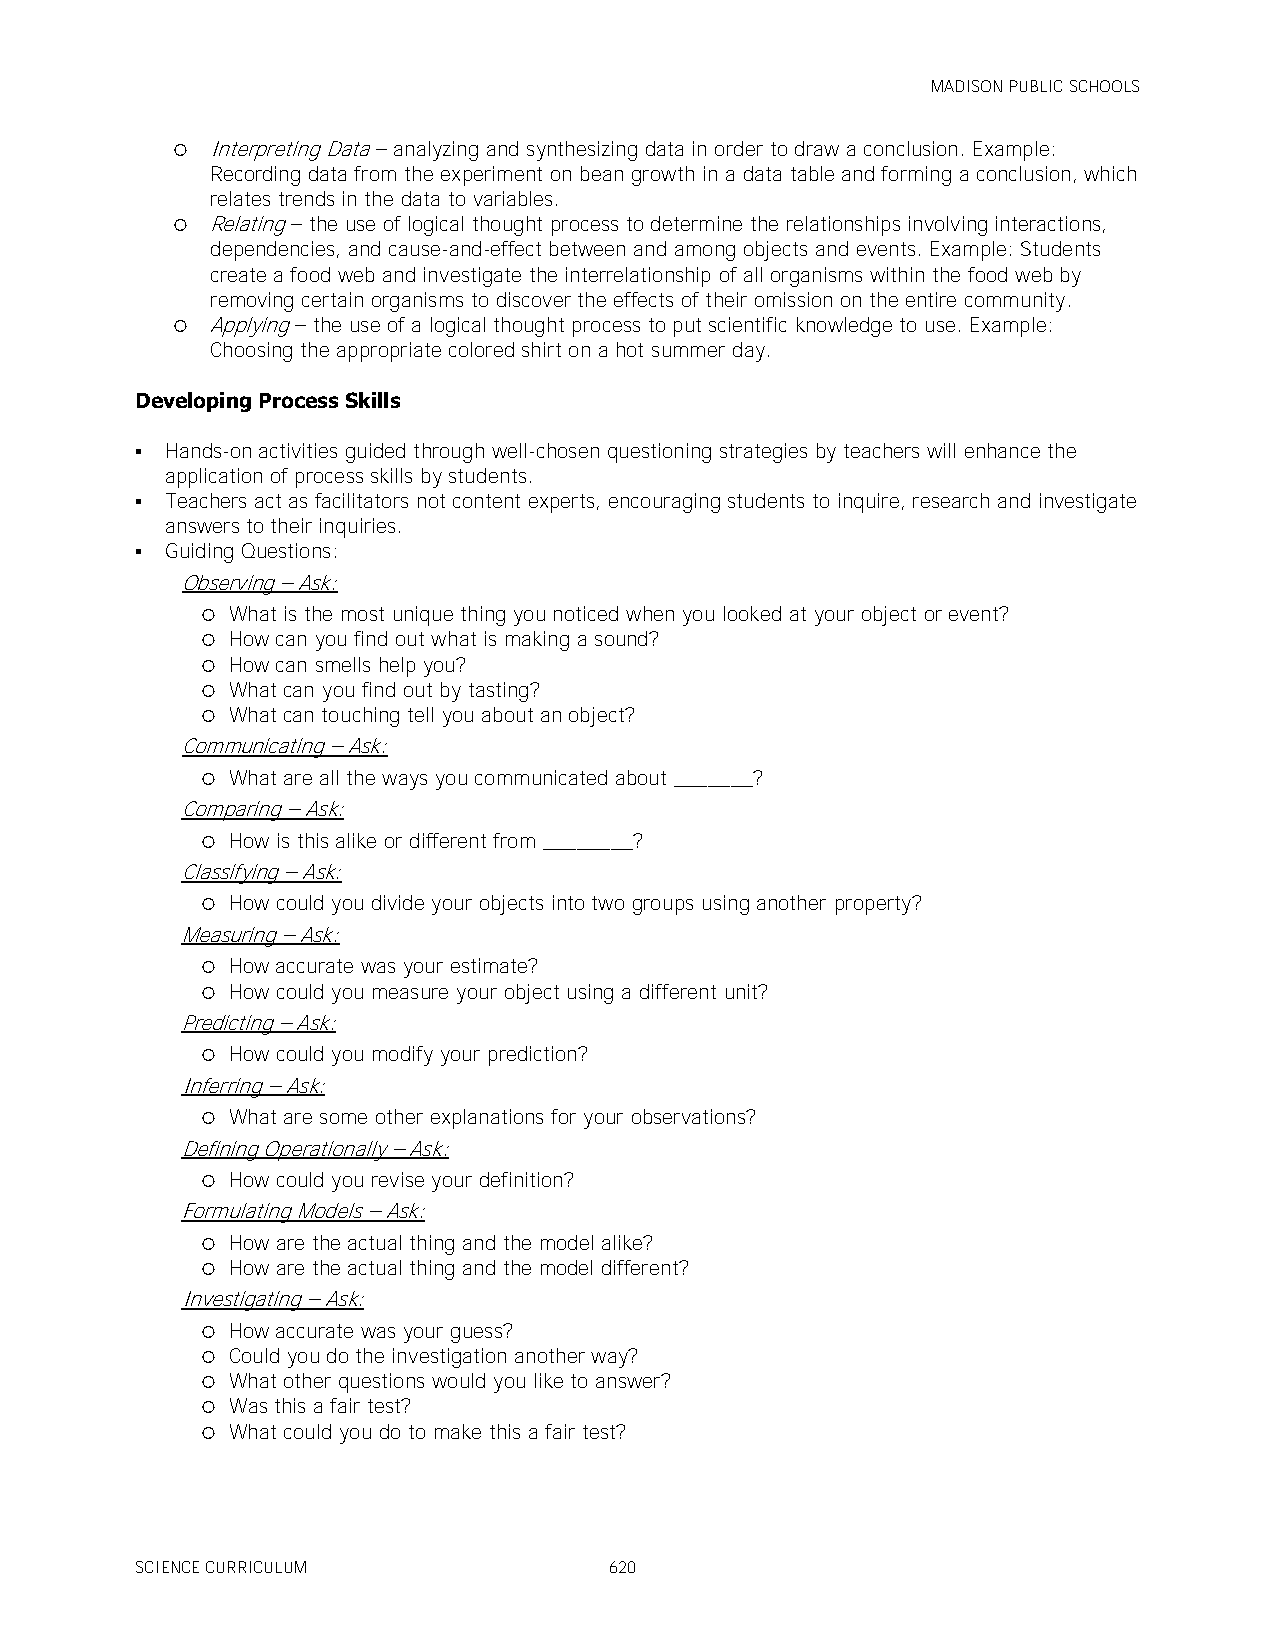
MADISON PUBLIC SCHOOLS
   Interpreting Data – analyzing and synthesizing data in order to draw a conclusion. Example:
 Recording data from the experiment on bean growth in a data table and forming a conclusion, which
 relates trends in the data to variables.
   Relating – the use of logical thought process to determine the relationships involving interactions,
 dependencies, and cause-and-effect between and among objects and events. Example: Students
 create a food web and investigate the interrelationship of all organisms within the food web by
 removing certain organisms to discover the effects of their omission on the entire community.
   Applying – the use of a logical thought process to put scientific knowledge to use. Example:
 Choosing the appropriate colored shirt on a hot summer day.
 Developing Process Skills
  Hands-on activities guided through well-chosen questioning strategies by teachers will enhance the
 application of process skills by students.
  Teachers act as facilitators not content experts, encouraging students to inquire, research and investigate
 answers to their inquiries.
  Guiding Questions:
 Observing – Ask:
  What is the most unique thing you noticed when you looked at your object or event?
  How can you find out what is making a sound?
  How can smells help you?
  What can you find out by tasting?
  What can touching tell you about an object?
 Communicating – Ask:
  What are all the ways you communicated about _______?
 Comparing – Ask:
  How is this alike or different from ________?
 Classifying – Ask:
  How could you divide your objects into two groups using another property?
 Measuring – Ask:
  How accurate was your estimate?
  How could you measure your object using a different unit?
 Predicting – Ask:
  How could you modify your prediction?
 Inferring – Ask:
  What are some other explanations for your observations?
 Defining Operationally – Ask:
  How could you revise your definition?
 Formulating Models – Ask:
  How are the actual thing and the model alike?
  How are the actual thing and the model different?
 Investigating – Ask:
  How accurate was your guess?
  Could you do the investigation another way?
  What other questions would you like to answer?
  Was this a fair test?
  What could you do to make this a fair test?
 SCIENCE CURRICULUM             620